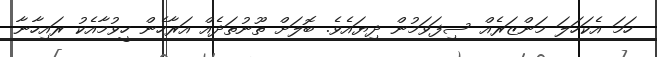
ހަމަ އެކަހަލަ މަންޒަރެއް ސިފަވަމުން ދިޔައެވެ. ބޮލަށް ތޫނުތަދެއް އަރާހެން ހީވުމާއެކު ރައިހާނާ